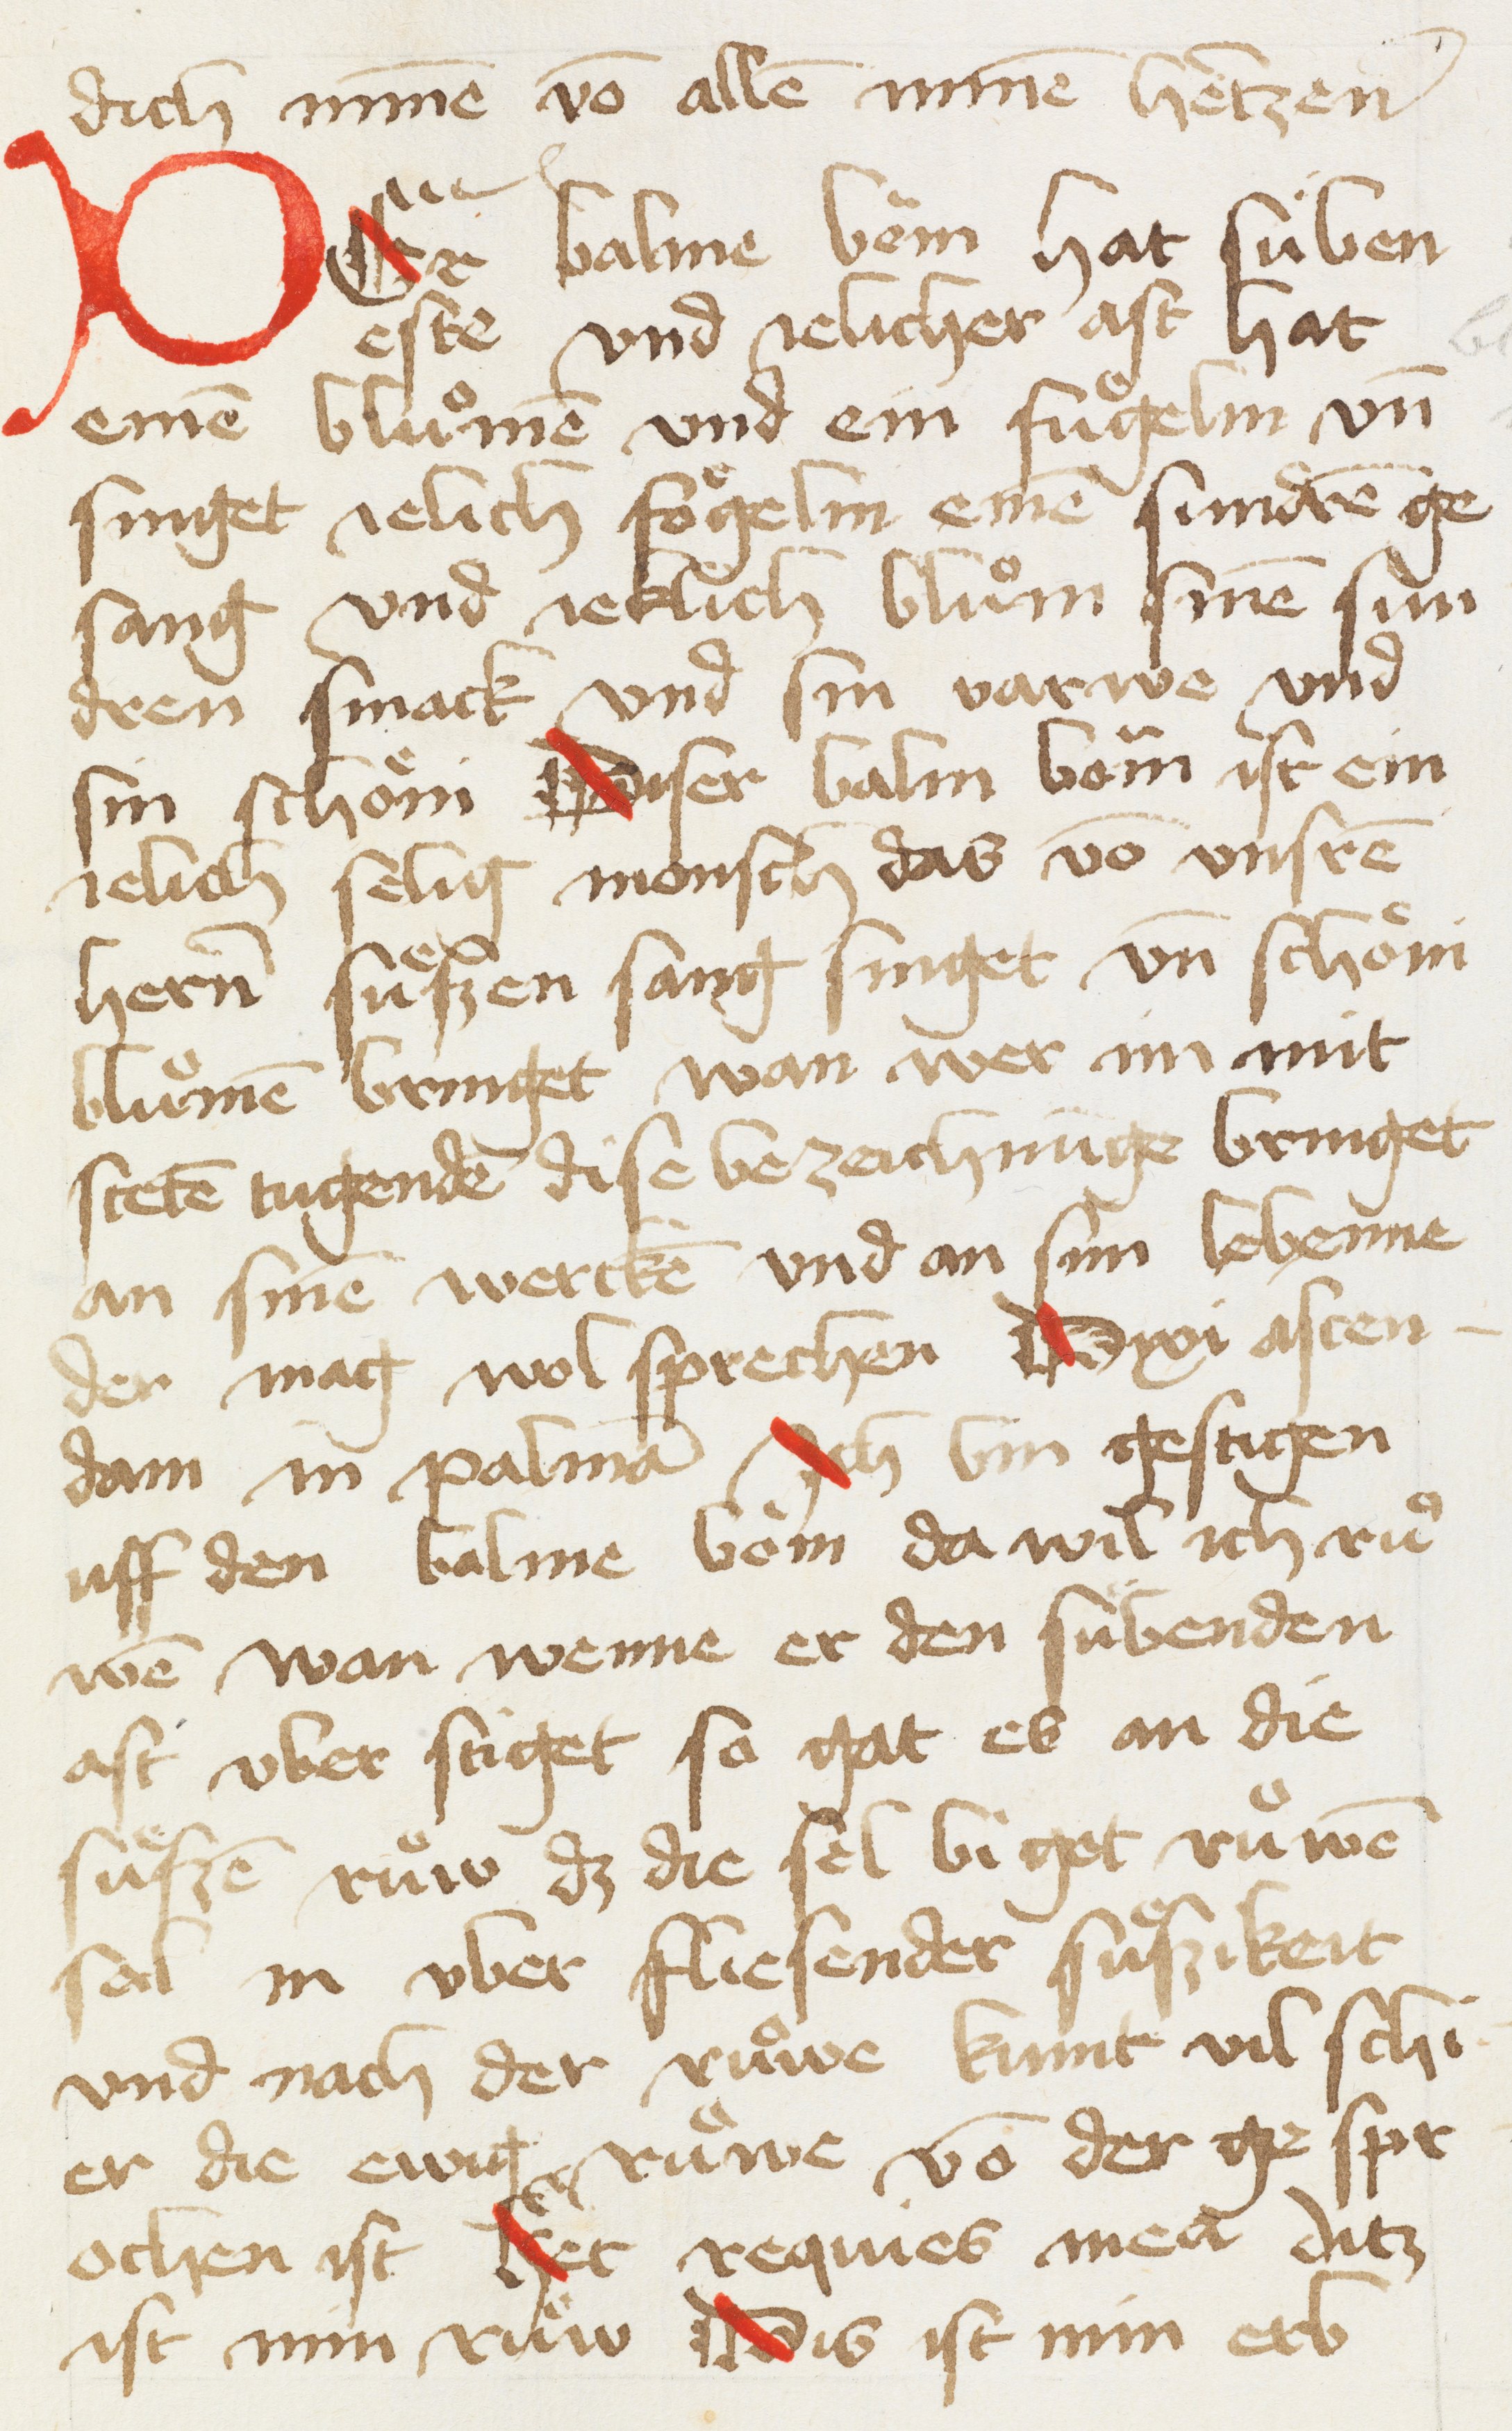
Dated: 1456–1456